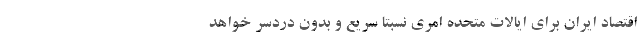
اقتصاد ایران برای ایالات متحده امری نسبتاً سریع و بدون دردسر خواهد